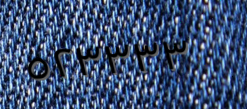
٥٢٣٣٣٣